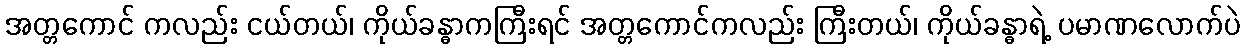
အတ္တကောင် ကလည်း ငယ်တယ်၊ ကိုယ်ခန္ဓာကကြီးရင် အတ္တကောင်ကလည်း ကြီးတယ်၊ ကိုယ်ခန္ဓာရဲ့ ပမာဏလောက်ပဲ